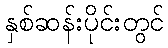
နှစ်ဆန်းပိုင်းတွင်